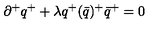
\partial ^ { + } q ^ { + } + \lambda { q ^ { + } ( \bar { q } ) ^ { + } } { \bar { q } } ^ { + } = 0